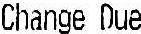
CHANGE DUE